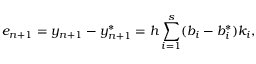
e _ { n + 1 } = y _ { n + 1 } - y _ { n + 1 } ^ { * } = h \sum _ { i = 1 } ^ { s } ( b _ { i } - b _ { i } ^ { * } ) k _ { i } ,